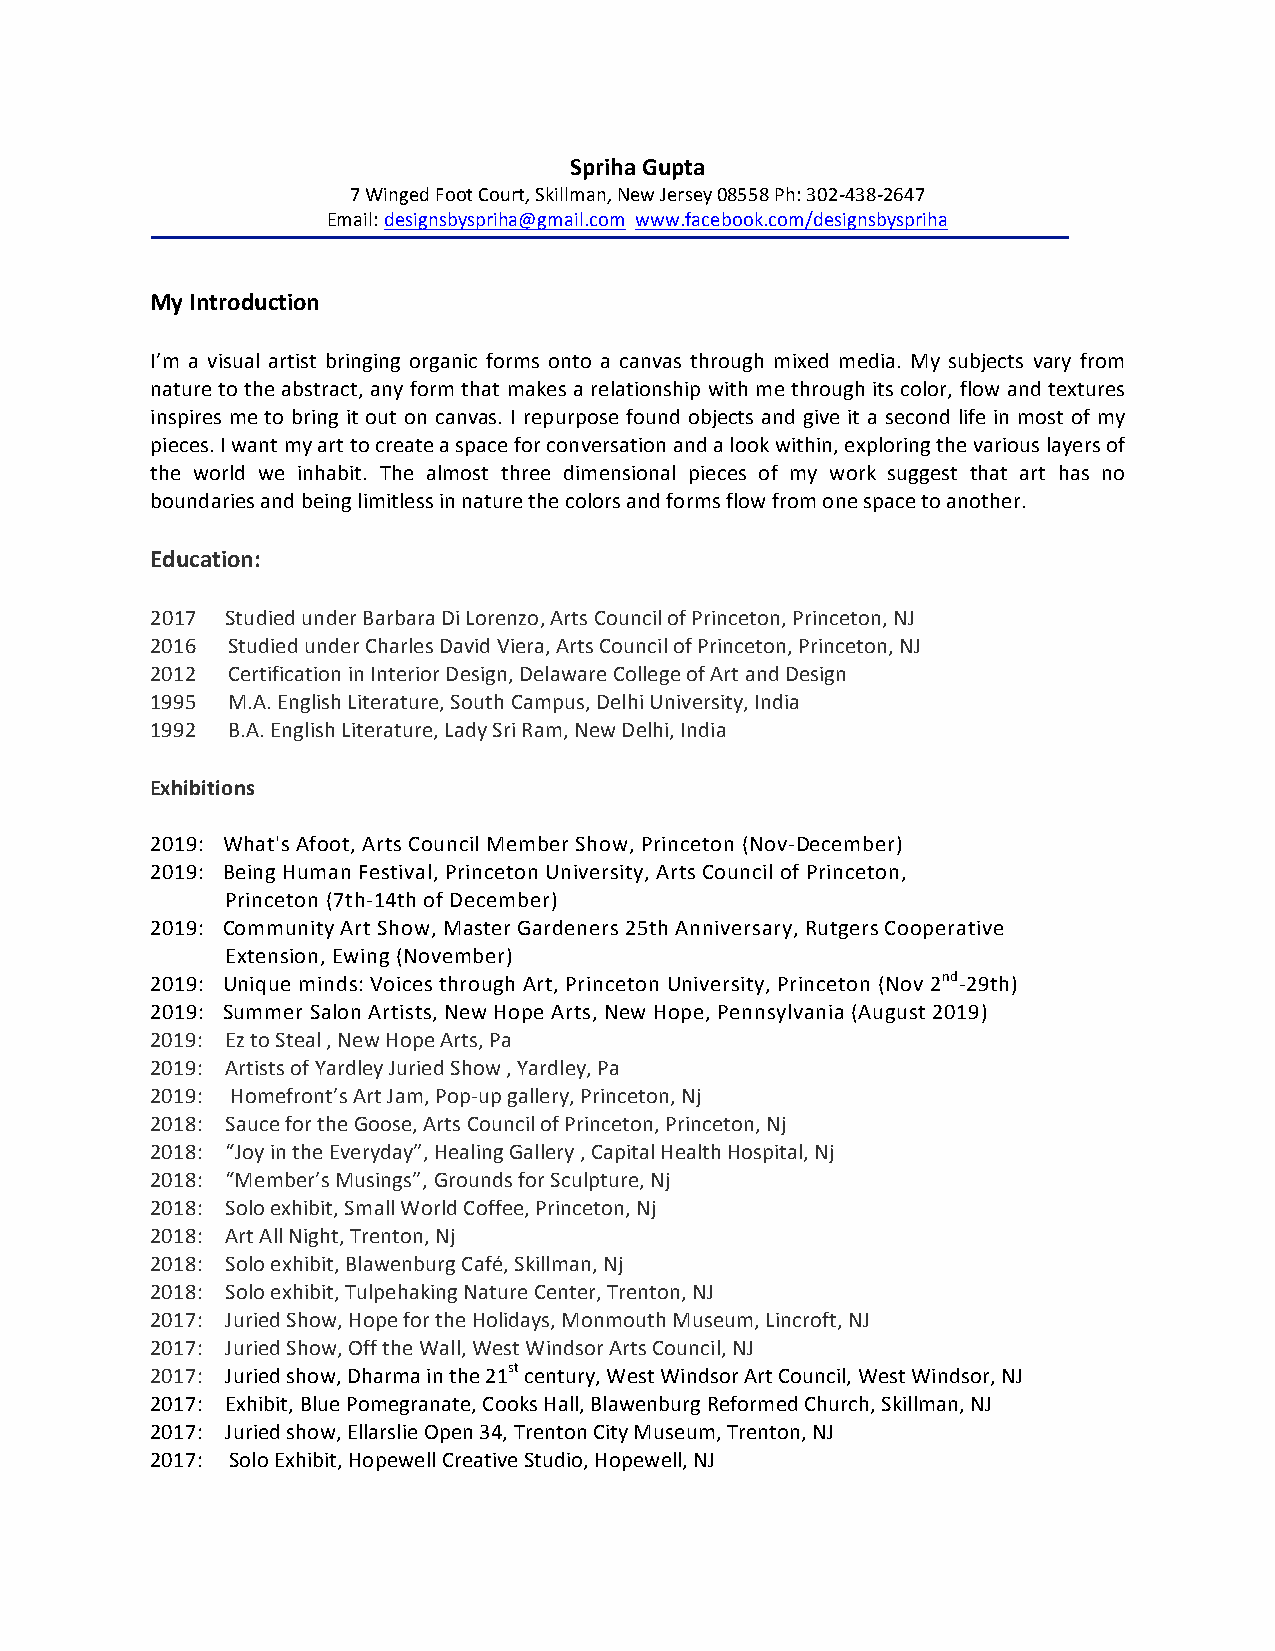
Spriha Gupta
 7 Winged Foot Court, Skillman, New Jersey 08558 Ph: 302-438-2647
 Email: designsbyspriha@gmail.com www.facebook.com/designsbyspriha
 My Introduction
 I’m a visual artist bringing organic forms onto a canvas through mixed media. My subjects vary from
 nature to the abstract, any form that makes a relationship with me through its color, flow and textures
 inspires me to bring it out on canvas. I repurpose found objects and give it a second life in most of my
 pieces. I want my art to create a space for conversation and a look within, exploring the various layers of
 the world we inhabit. The almost three dimensional pieces of my work suggest that art has no
 boundaries and being limitless in nature the colors and forms flow from one space to another.
 Education:
 2017 Studied under Barbara Di Lorenzo, Arts Council of Princeton, Princeton, NJ
 2016 Studied under Charles David Viera, Arts Council of Princeton, Princeton, NJ
 2012 Certification in Interior Design, Delaware College of Art and Design
 1995 M.A. English Literature, South Campus, Delhi University, India
 1992 B.A. English Literature, Lady Sri Ram, New Delhi, India
 Exhibitions
 2019: What's Afoot, Arts Council Member Show, Princeton (Nov-December)
 2019: Being Human Festival, Princeton University, Arts Council of Princeton,
 Princeton (7th-14th of December)
 2019: Community Art Show, Master Gardeners 25th Anniversary, Rutgers Cooperative
 Extension, Ewing (November)
 2019: Unique minds: Voices through Art, Princeton University, Princeton (Nov 2nd-29th)
 2019: Summer Salon Artists, New Hope Arts, New Hope, Pennsylvania (August 2019)
 2019: Ez to Steal , New Hope Arts, Pa
 2019: Artists of Yardley Juried Show , Yardley, Pa
 2019: Homefront’s Art Jam, Pop-up gallery, Princeton, Nj
 2018: Sauce for the Goose, Arts Council of Princeton, Princeton, Nj
 2018: “Joy in the Everyday”, Healing Gallery , Capital Health Hospital, Nj
 2018: “Member’s Musings”, Grounds for Sculpture, Nj
 2018: Solo exhibit, Small World Coffee, Princeton, Nj
 2018: Art All Night, Trenton, Nj
 2018: Solo exhibit, Blawenburg Café, Skillman, Nj
 2018: Solo exhibit, Tulpehaking Nature Center, Trenton, NJ
 2017: Juried Show, Hope for the Holidays, Monmouth Museum, Lincroft, NJ
 2017: Juried Show, Off the Wall, West Windsor Arts Council, NJ
 2017: Juried show, Dharma in the 21st century, West Windsor Art Council, West Windsor, NJ
 2017: Exhibit, Blue Pomegranate, Cooks Hall, Blawenburg Reformed Church, Skillman, NJ
 2017: Juried show, Ellarslie Open 34, Trenton City Museum, Trenton, NJ
 2017: Solo Exhibit, Hopewell Creative Studio, Hopewell, NJ